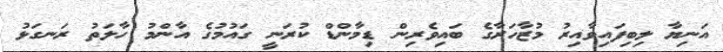
އަނިޔާ ލިބިފައިވާއިރު މުޒާހަރާގެ ބައިވެރިން ޑިމާންޑް ކުރަނީ ގައުމުގެ އާންމު ހާލަތު ރަނގަޅު